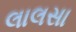
લાલસા